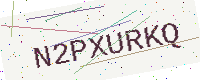
Text: N2PXURKQ